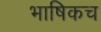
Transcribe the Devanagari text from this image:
भाषिकच